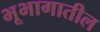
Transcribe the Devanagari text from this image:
भूभागातील